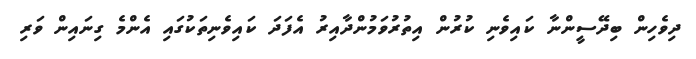
ދިވެހިން ބިދޭސީންނާ ކައިވެނި ކުރުން އިތުރުވަމުންދާއިރު އެފަދަ ކައިވެނިތަކުގައި އެންމެ ގިނައިން ވަރި